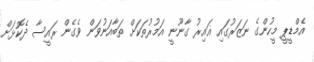
އެމްޑީޕީ މީހުންގެ ނަޒަރުގައި ޣައިރު ގާނޫނީ އަމުރުތަކަށް ތަބާއަނުވަން ވެގެން ރައީސާ ދެކޮޅަށް